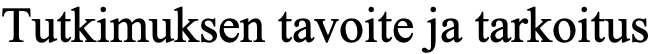
Tutkimuksen tavoite ja tarkoitus